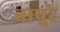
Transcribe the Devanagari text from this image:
बापुरे